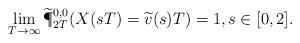
LaTeX: \begin{align*}\lim_{T \to \infty}\widetilde{\P}^{0,0}_{2T}(X(sT)=\widetilde{v}(s) T)=1,s \in [0, 2].\end{align*}